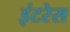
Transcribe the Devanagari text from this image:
इंटरेस